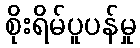
စိုးရိမ်ပူပန်မှု